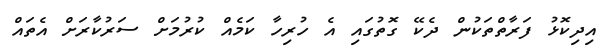
އިދިކޮޅު ފަރާތްތަކުން ދެކޭ ގޮތުގައި އެ ހުރިހާ ކަމެއް ކުރުމަށް ސަރުކާރަށް އެތައް